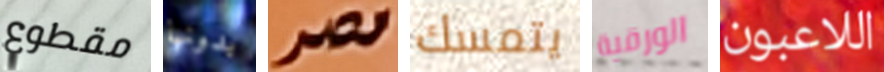
مقطوع بدونها مصر يتمسك الورقية اللاعبون